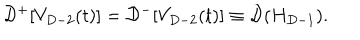
{ \cal D } ^ { + } [ V _ { D - 2 } ( t ) ] = { \cal D } ^ { - } [ V _ { D - 2 } ( t ) ] \equiv { \cal D } ( H _ { D - 1 } ) .